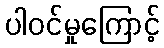
ပါဝင်မှုကြောင့်